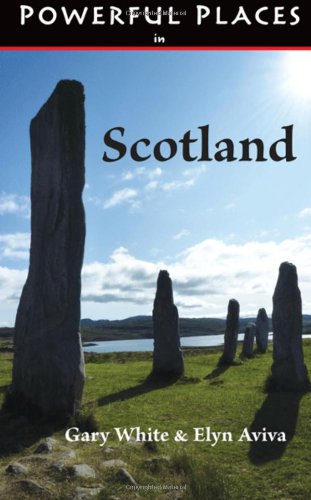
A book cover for Powerful Places in Scotland; Gary White; Travel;